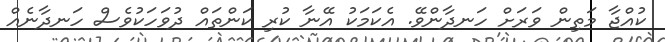
ކުއްޖާ މަތިން ވަރަށް ހަނދާންވޭ. އެކަމަކު އޭނާ ކުރި ކަންތައް ދުވަހަކުވެސް ހަނދާނެއް